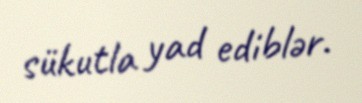
sükutla yad ediblər.